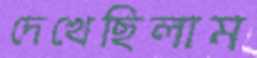
দেখেছিলাম